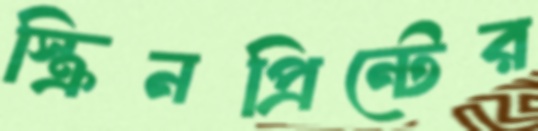
স্ক্রিনপ্রিন্টের